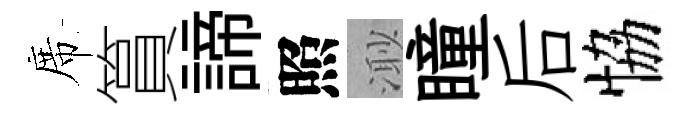
席篔諦照𣺌瞳后恊